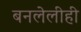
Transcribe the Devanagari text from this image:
बनलेलीही